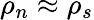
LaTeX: \rho_{n}\approx\rho_{s}